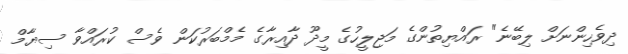
ދިވެހިންނަށް ލިބޭނެ" ރައްޔިތުންގެ މަޖިލީހުގެ މީދޫ ދާއިރާގެ މެމްބަރުކަން ވެސް ކުރައްވާ ސިޔާމް